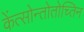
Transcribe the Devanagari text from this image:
केंत्सोन्तोतोच्तिन